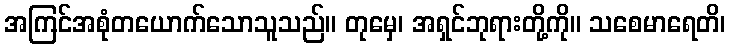
အကြင်အစုံတယောက်သောသူသည်။ တုမှေ၊ အရှင်ဘုရားတို့ကို။ သစေမာရေတိ၊